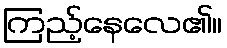
ကြည့်နေလေ၏။